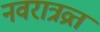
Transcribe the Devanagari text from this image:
नवरात्रव्रत